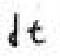
\mathrm{d}t